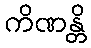
ကိဏန္တိ